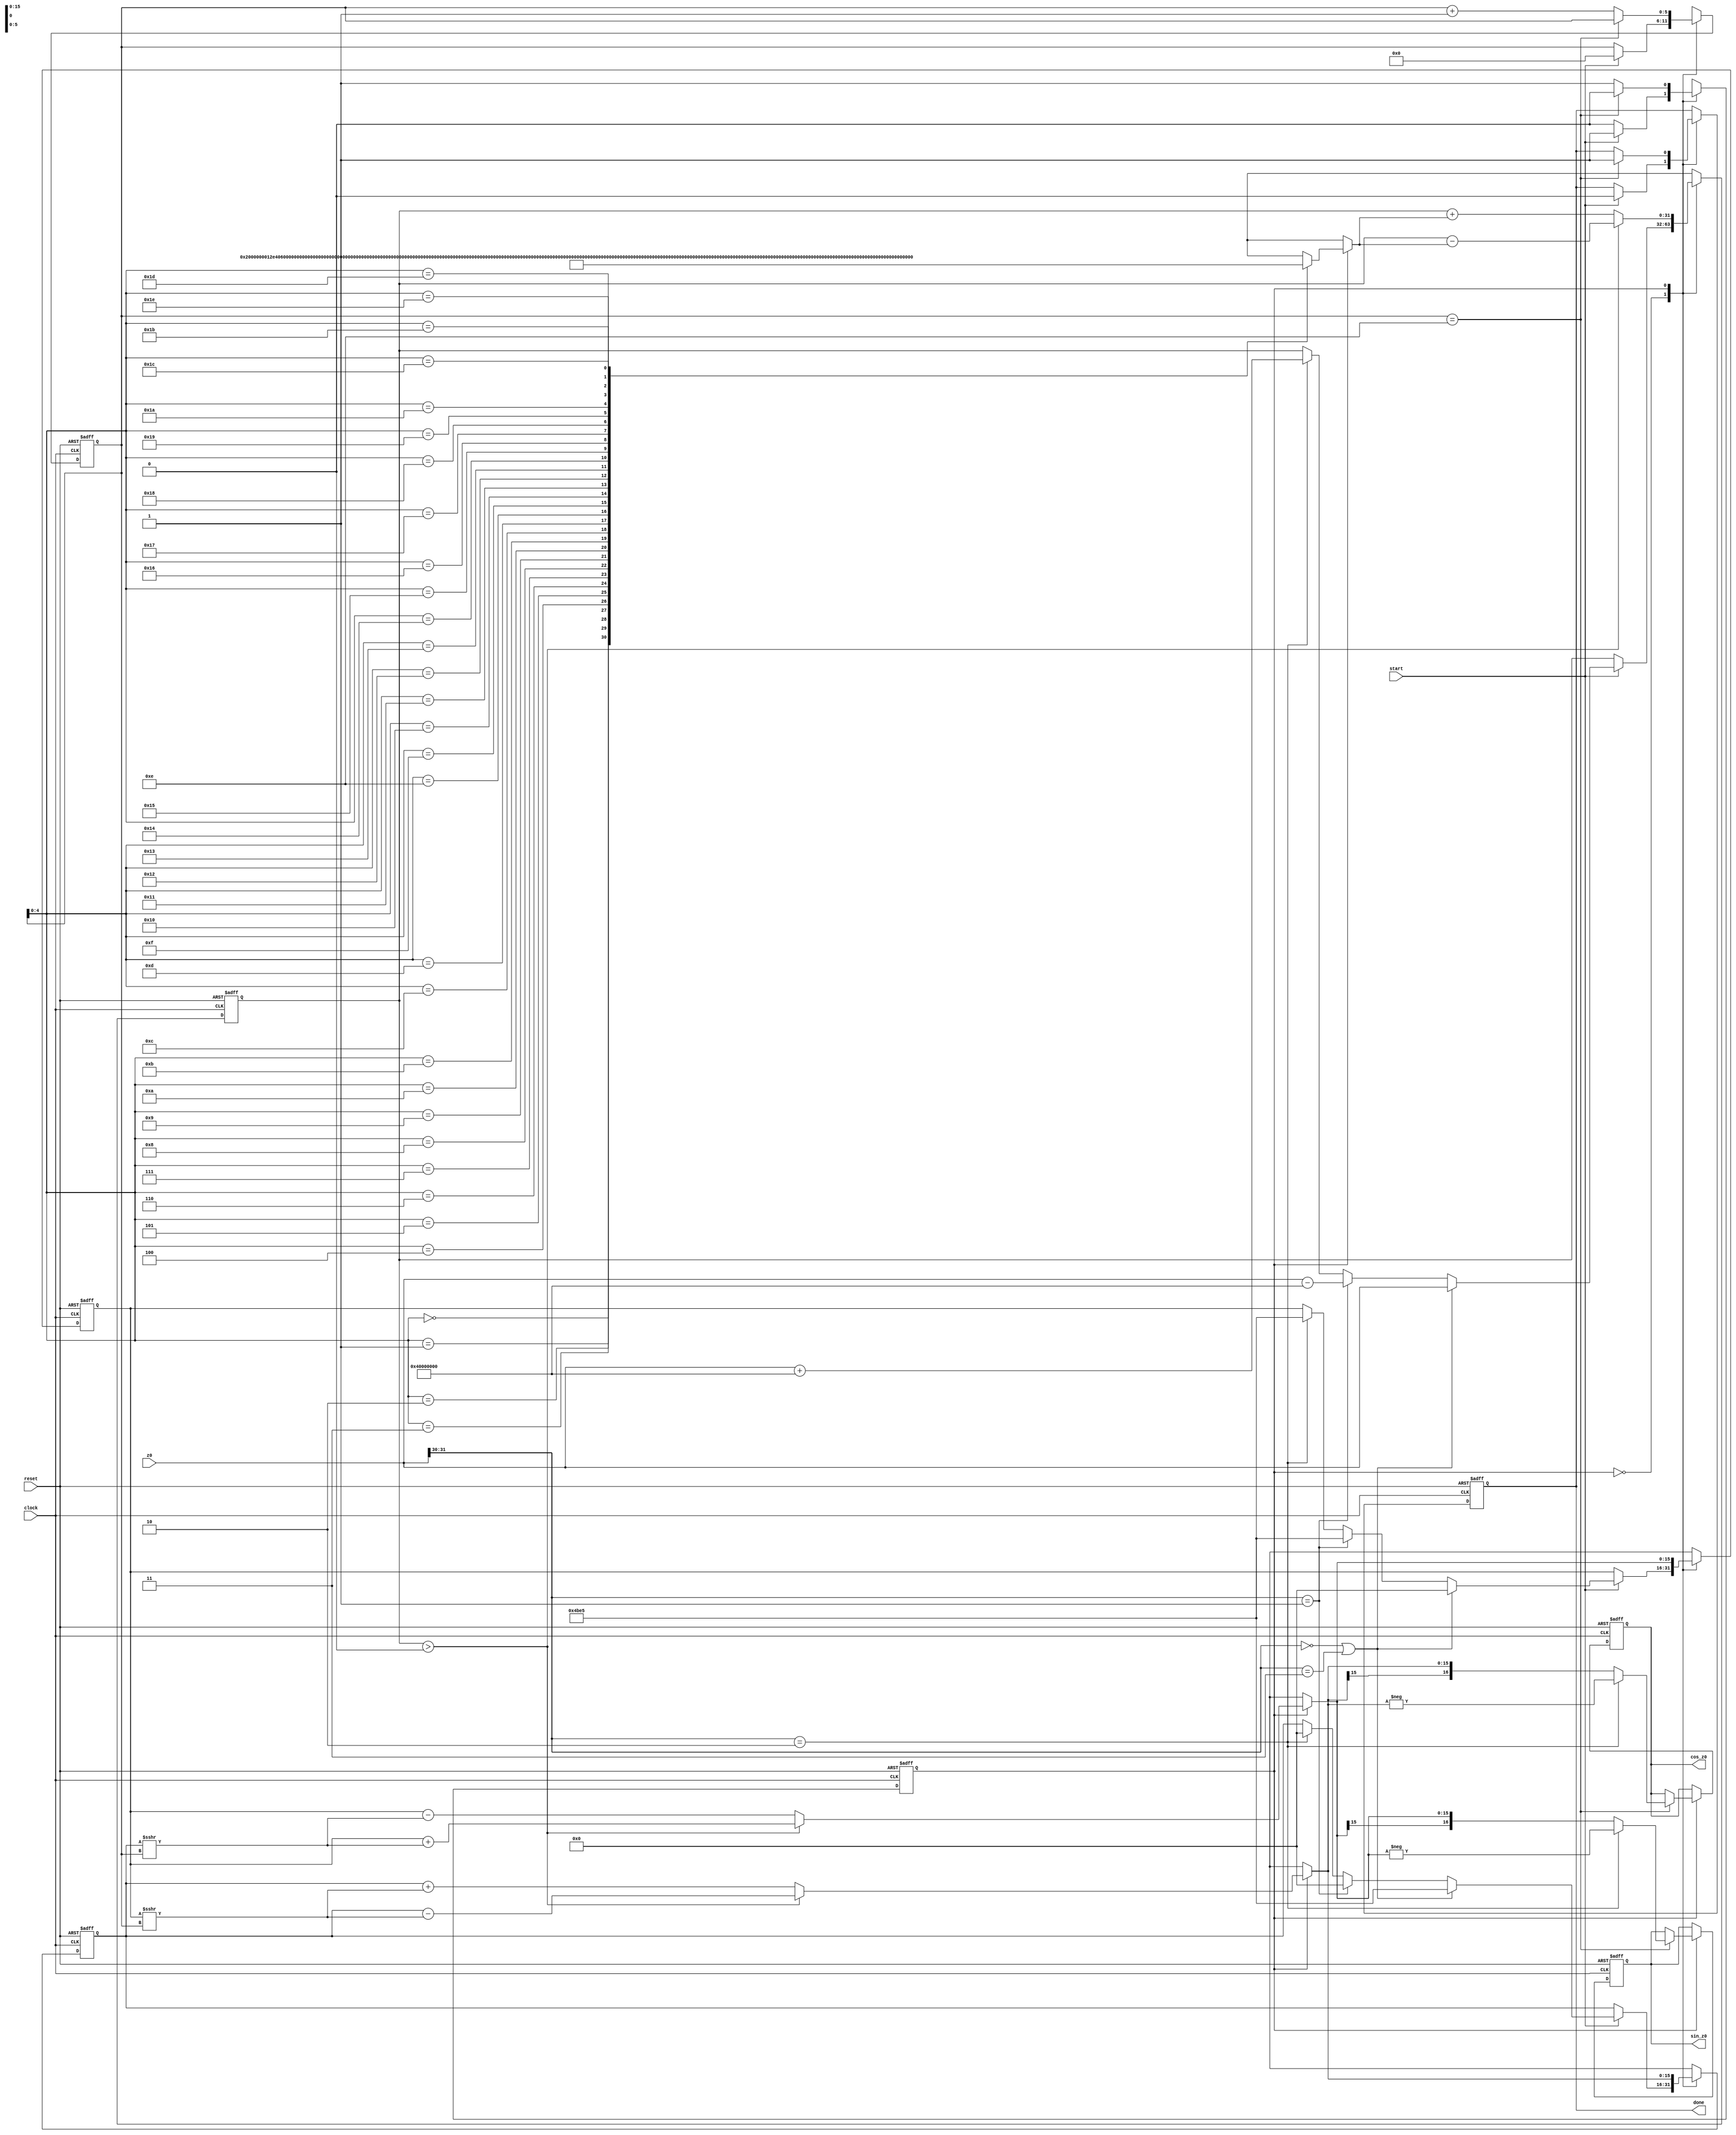
/* 
Ricardo Aguiar, 17/04/2019
Cordic
input ang(z0) 0 a 360; z0 = (ang/360)*2^32;
output: sin_z0/32000; cos_z0/32000
*/

`define theta_0 32'b00100000000000000000000000000000
`define theta_1 32'b00010010111001000000010100011101
`define theta_2 32'b00001001111110110011100001011011 
`define theta_3 32'b00000101000100010001000111010100
`define theta_4 32'b00000010100010110000110101000011
`define theta_5 32'b00000001010001011101011111100001
`define theta_6 32'b00000000101000101111011000011110
`define theta_7 32'b00000000010100010111110001010101
`define theta_8 32'b00000000001010001011111001010011
`define theta_9 32'b00000000000101000101111100101110
`define theta_10 32'b00000000000010100010111110011000
`define theta_11 32'b00000000000001010001011111001100
`define theta_12 32'b00000000000000101000101111100110
`define theta_13 32'b00000000000000010100010111110011
`define theta_14 32'b00000000000000001010001011111001
`define theta_15 32'b00000000000000000101000101111101
`define theta_16 32'b00000000000000000010100010111110
`define theta_17 32'b00000000000000000001010001011111
`define theta_18 32'b00000000000000000000101000101111
`define theta_19 32'b00000000000000000000010100011000
`define theta_20 32'b00000000000000000000001010001100
`define theta_21 32'b00000000000000000000000101000110
`define theta_22 32'b00000000000000000000000010100011
`define theta_23 32'b00000000000000000000000001010001
`define theta_24 32'b00000000000000000000000000101000
`define theta_25 32'b00000000000000000000000000010100
`define theta_26 32'b00000000000000000000000000001010
`define theta_27 32'b00000000000000000000000000000101
`define theta_28 32'b00000000000000000000000000000010
`define theta_29 32'b00000000000000000000000000000001
`define theta_30 32'b00000000000000000000000000000000

module cordic (cos_z0,sin_z0,done,z0,start,clock,reset);
  
  parameter width = 16;
  // input 
  input signed [31:0] z0;
  input start;
  input clock;
  input reset;
  //output 
  output signed [width:0] cos_z0;
  output signed [width:0] sin_z0;
  output done;
  
  reg signed [width:0] sin_z0;
  reg signed [width:0] cos_z0;
  reg done;
 
  reg [5:0] i; // contador
  reg  state;
  reg signed [31:0] dz;
  reg signed [width-1:0] dx;
  reg signed [width-1:0] dy;
  reg signed [width-1:0] y;
  reg signed [width-1:0] x;
  reg signed [31:0] z;
  
  wire signed [31:0] atan_table [0:30];

  assign atan_table[00] = `theta_0; 
  assign atan_table[01] = `theta_1;
  assign atan_table[02] = `theta_2;
  assign atan_table[03] = `theta_3;
  assign atan_table[04] = `theta_4;
  assign atan_table[05] = `theta_5;
  assign atan_table[06] = `theta_6;
  assign atan_table[07] = `theta_7;
  assign atan_table[08] = `theta_8;
  assign atan_table[09] = `theta_9;
  assign atan_table[10] = `theta_10;
  assign atan_table[11] = `theta_11;
  assign atan_table[12] = `theta_12;
  assign atan_table[13] = `theta_13;
  assign atan_table[14] = `theta_14;
  assign atan_table[15] = `theta_15;
  assign atan_table[16] = `theta_16;
  assign atan_table[17] = `theta_17;
  assign atan_table[18] = `theta_18;
  assign atan_table[19] = `theta_19;
  assign atan_table[20] = `theta_20;
  assign atan_table[21] = `theta_21;
  assign atan_table[22] = `theta_22;
  assign atan_table[23] = `theta_23;
  assign atan_table[24] = `theta_24;
  assign atan_table[25] = `theta_25;
  assign atan_table[26] = `theta_26;
  assign atan_table[27] = `theta_27;
  assign atan_table[28] = `theta_28;
  assign atan_table[29] = `theta_29;
  assign atan_table[30] = `theta_30;
  
  
always @(posedge clock or posedge reset) begin
 
    if (reset) begin
        state = 1'b0;
        cos_z0 <= 0;
        sin_z0 <= 0;
        done <= 0;
        x = 0;
        y = 0;
        z = 0;
        i = 0;
    end
    else begin
        case (state)
            1'b0: begin
                if (start) begin
                  if(z0[31:30] == 2'b00 || z0[31:30] == 2'b11)begin // quadrante 0 a 89 e 270 a 360
                  	x = (32000/1.647);
                   	y = 0;
                    z = z0;
                  end else if(z0[31:30] == 2'b01)begin // quadrante 90 a 179
                  	x = -0;
                   	y = (32000/1.647);
                    z = (z0 - 32'b01000000000000000000000000000000); // sub pi/2
                   
                  end else if(z0[31:30] == 2'b10)begin // quadrante 180 a 269
                  	x = 0;
                   	y = (32000/1.647);
                    z = (z0 + 32'b01000000000000000000000000000000); //add pi/2
                   
                  end 
                  i = 0;
                  done <= 0;
                  state = 1'b1;
                end
            end
            1'b1: begin
                dx = (y >>>  i);
                dy = (x >>>  i);
                dz = atan_table[i];
                
                if ((z > 0)) begin
                    x = x - dx;
                    y = y + dy;
                    z = z - dz;
                end
                else begin
                    x = x + dx;
                    y = y - dy;
                    z = z + dz;
                end
                
                if ((i == (width - 2))) begin
                    if(z0[31:30] == 2'b10)begin // quadrante 180 a 269
                	    cos_z0 <= -x;
                        sin_z0 <= -y;                   
                    end else begin
                	    cos_z0 <= x;
                        sin_z0 <= y;
                    end
                    state = 1'b0;
                    done <= 1;
                end else begin
                    i = i + 1;
                end
            end
        endcase
    end
end

endmodule